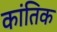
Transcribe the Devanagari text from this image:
कांतिक